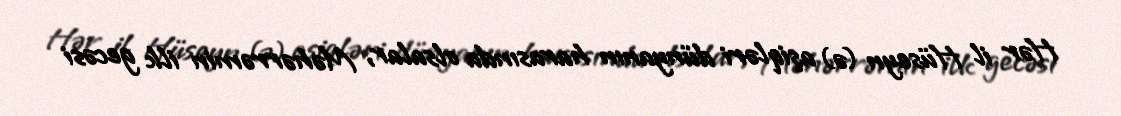
Hər il Hüseyn (ə) aşiqləri dünyanın harasında olsalar, Məhərrəmin ilk gecəsi